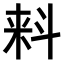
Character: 𬻢